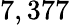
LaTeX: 7,377